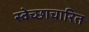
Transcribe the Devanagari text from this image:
स्वेच्छाचारित